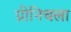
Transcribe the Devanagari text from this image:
ग्रीनिचला